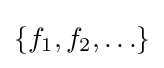
\{f_{1},f_{2},\ldots \}